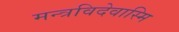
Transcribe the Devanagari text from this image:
मन्त्रविदेवास्मि